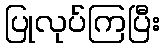
ပြုလုပ်ကြပြီး